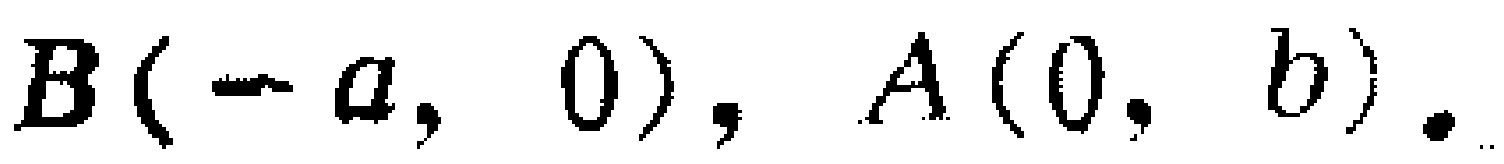
$B(-a,0),A(0,b).$